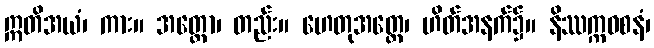
ဣတိအယံ၊ ကား။ အတ္ထော၊ တည်း။ ဟေတုအတ္ထေ၊ ဟိတ်အနက်၌။ နိဿက္ကဝစနံ၊